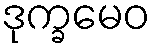
ဒုက္ခမေဝ